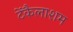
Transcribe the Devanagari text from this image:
टेंकैलाशम